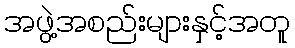
အဖွဲ့အစည်းများနှင့်အတူ